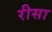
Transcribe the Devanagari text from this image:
रीसा